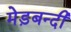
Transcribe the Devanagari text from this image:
मेड़बन्दी